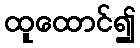
ထူထောင်၍